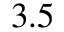
3 . 5